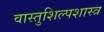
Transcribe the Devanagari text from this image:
वास्तुशिल्पशास्त्र